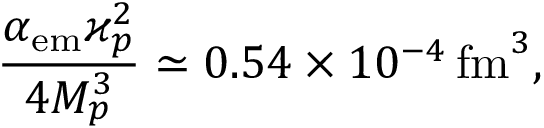
\frac { \alpha _ { \mathrm { e m } } \varkappa _ { p } ^ { 2 } } { 4 M _ { p } ^ { 3 } } \simeq 0 . 5 4 \times 1 0 ^ { - 4 } \, \mathrm { f m } ^ { 3 } ,